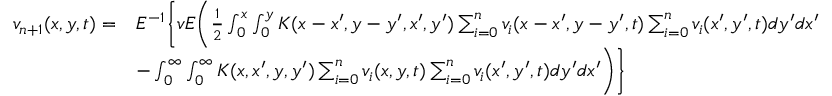
\begin{array} { r l } { v _ { n + 1 } ( x , y , t ) = } & { E ^ { - 1 } \bigg \{ v E \bigg ( \frac { 1 } { 2 } \int _ { 0 } ^ { x } \int _ { 0 } ^ { y } K ( x - x ^ { \prime } , y - y ^ { \prime } , x ^ { \prime } , y ^ { \prime } ) \sum _ { i = 0 } ^ { n } v _ { i } ( x - x ^ { \prime } , y - y ^ { \prime } , t ) \sum _ { i = 0 } ^ { n } v _ { i } ( x ^ { \prime } , y ^ { \prime } , t ) d y ^ { \prime } d x ^ { \prime } } \\ & { - \int _ { 0 } ^ { \infty } \int _ { 0 } ^ { \infty } K ( x , x ^ { \prime } , y , y ^ { \prime } ) \sum _ { i = 0 } ^ { n } v _ { i } ( x , y , t ) \sum _ { i = 0 } ^ { n } v _ { i } ( x ^ { \prime } , y ^ { \prime } , t ) d y ^ { \prime } d x ^ { \prime } \bigg ) \bigg \} } \end{array}